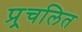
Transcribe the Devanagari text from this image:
प्र्र्रचलित